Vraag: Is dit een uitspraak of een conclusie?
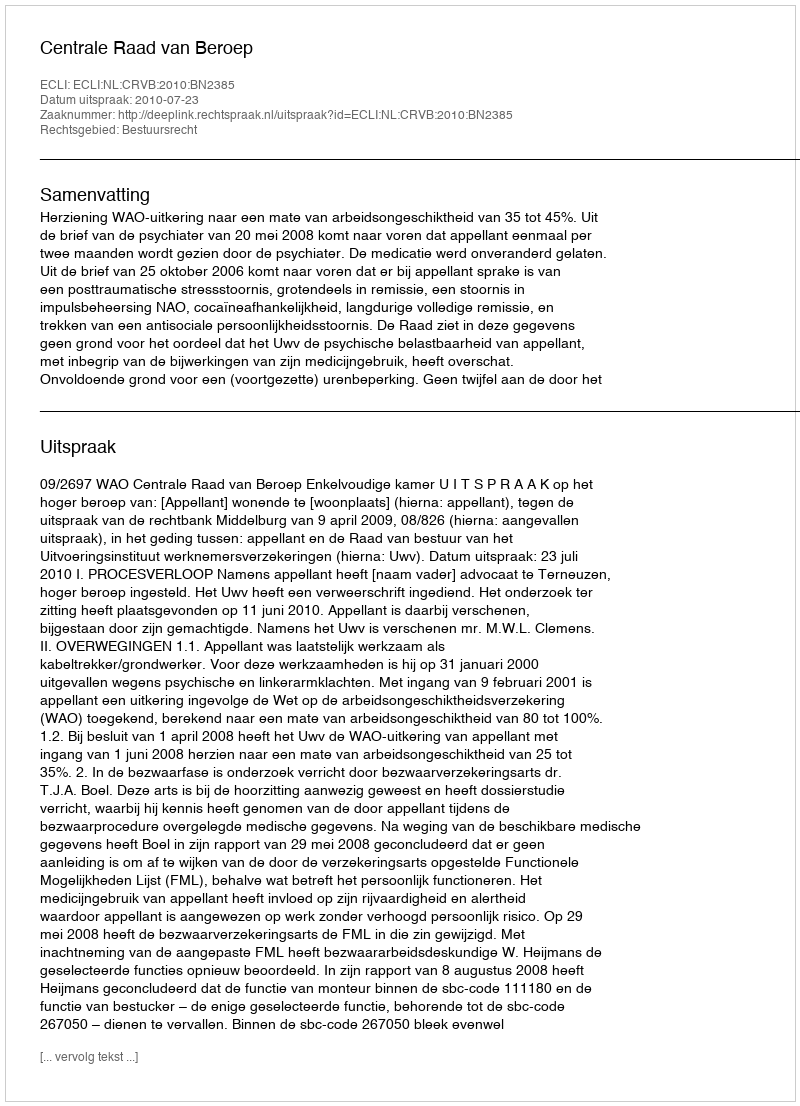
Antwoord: Uitspraak